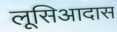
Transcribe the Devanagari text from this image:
लूसिआदास